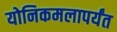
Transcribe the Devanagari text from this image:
योनिकमलापर्यंत